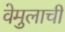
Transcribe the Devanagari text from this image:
वेमुलाची